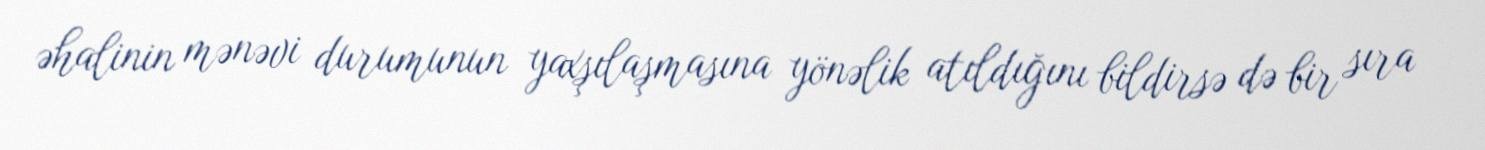
əhalinin mənəvi durumunun yaxşılaşmasına yönəlik atıldığını bildirsə də bir sıra